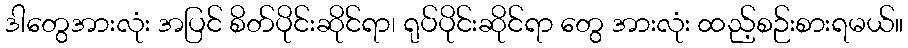
ဒါတွေအားလုံး အပြင် စိတ်ပိုင်းဆိုင်ရာ၊ ရုပ်ပိုင်းဆိုင်ရာ တွေ အားလုံး ထည့်စဉ်းစားရမယ်။